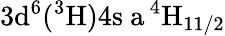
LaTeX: \mathrm{3d^{6}(^{3}H)4s\ a\, ^{4}H_{11/2}}